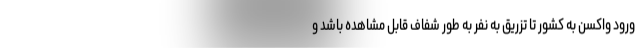
ورود واکسن به کشور تا تزریق به نفر به طور شفاف قابل مشاهده باشد و